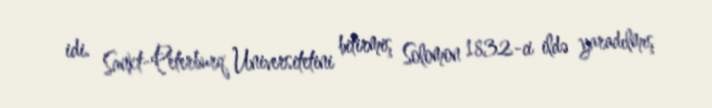
idi. Sankt-Peterburq Universitetini bitirmiş Solomon 1832-ci ildə yaradılmış